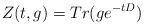
LaTeX: \begin{align*} Z(t, g) = Tr(ge^{-tD}) \end{align*}